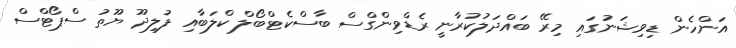
އަންހެން ޑިވިޝަނުގައި މިރޭ ބައްދަލުކުރާނީ ރެޑްވިންގްސް ބާސްކެޓްބޯލް ކްލަބާއި ފުލިދޫ ޔޫތު ސްޕޯޓްސް